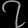
Digit: ၇